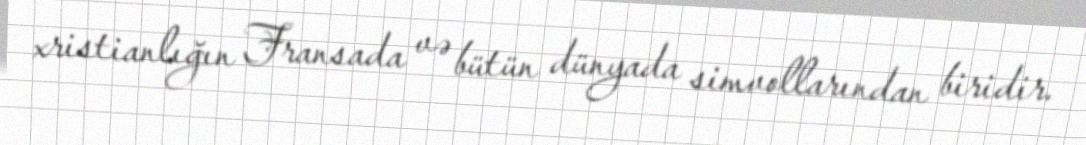
xristianlığın Fransada və bütün dünyada simvollarından biridir.